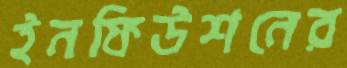
ইনফিউশনের